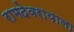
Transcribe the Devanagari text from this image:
रामदेवरायाला